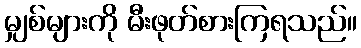
မျှစ်များကို မီးဖုတ်စားကြရသည်။